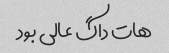
هات داگ عالی بود